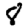
Digit: 8